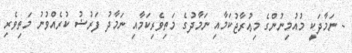
- ނަމާދަކީ މުއުމިނުންގެ މިޢުރާޖުކަމާއި ނަމާދުގެ މަތިވެރިކަމާއި ނަމާދު ފަރުޟު ކުރެއްވުނު މަތިވެރި